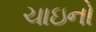
ચાઇનો